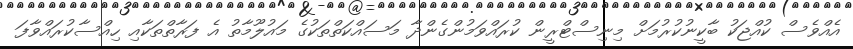
އެއްވެސް ކުއްޖަކު ބާކީނުކުރުމަށް މިނިސްޓްރީން ކުރައްވަމުންގެންދާ މަސައްކަތްތަކުގެ މައުލޫމާތު އެ ފަރާތްތަކާއި ހިއްސާކުރައްވާފަ